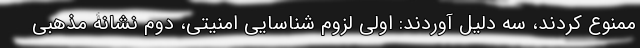
ممنوع کردند، سه دلیل آوردند: اولی لزوم شناسایی امنیتی، دوم نشانۀ مذهبی